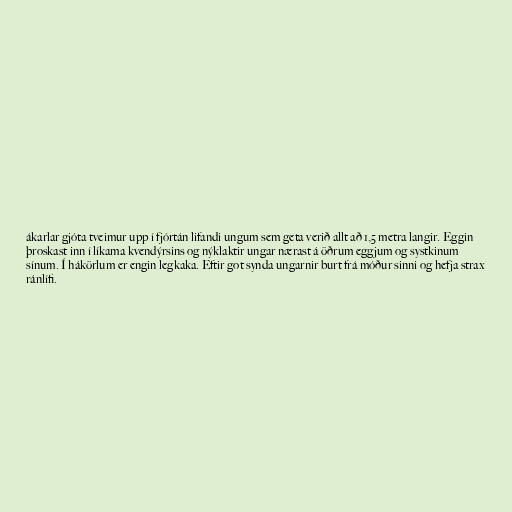
ákarlar gjóta tveimur upp í fjórtán lifandi ungum sem geta verið allt að 1,5 metra langir. Eggin
þroskast inn í líkama kvendýrsins og nýklaktir ungar nærast á öðrum eggjum og systkinum
sínum. Í hákörlum er engin legkaka. Eftir got synda ungarnir burt frá móður sinni og hefja strax
ránlífi.